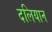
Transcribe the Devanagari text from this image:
दलियान